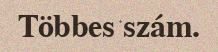
Többes szám.